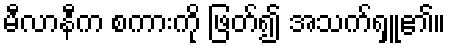
မီလာနီက စကားကို ဖြတ်၍ အသက်ရှူ၏။